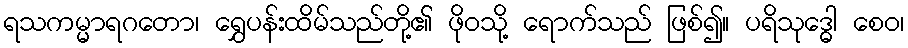
ရသကမ္မာရဂတော၊ ရွှေပန်းထိမ်သည်တို့၏ ဖိုဝသို့ ရောက်သည် ဖြစ်၍။ ပရိသုဒ္ဓေါ စေဝ၊